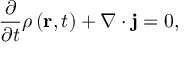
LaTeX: { \frac { \partial } { \partial t } } \rho \left( \mathbf { r } , t \right) + \nabla \cdot \mathbf { j } = 0 ,